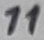
Text: 11